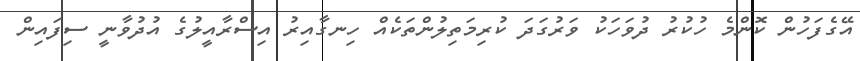
އޭގެފަހުން ކޮންމެ ހުކުރު ދުވަހަކު ވަރުގަދަ ކުރިމަތިލުންތަކެއް ހިނގާއިރު އިސްރާއީލުގެ އުދުވާނީ ސިފައިން